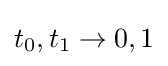
t_{0},t_{1}\to 0,1